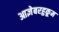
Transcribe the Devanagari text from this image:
आज्ञेबरहुकूम